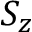
S _ { z }